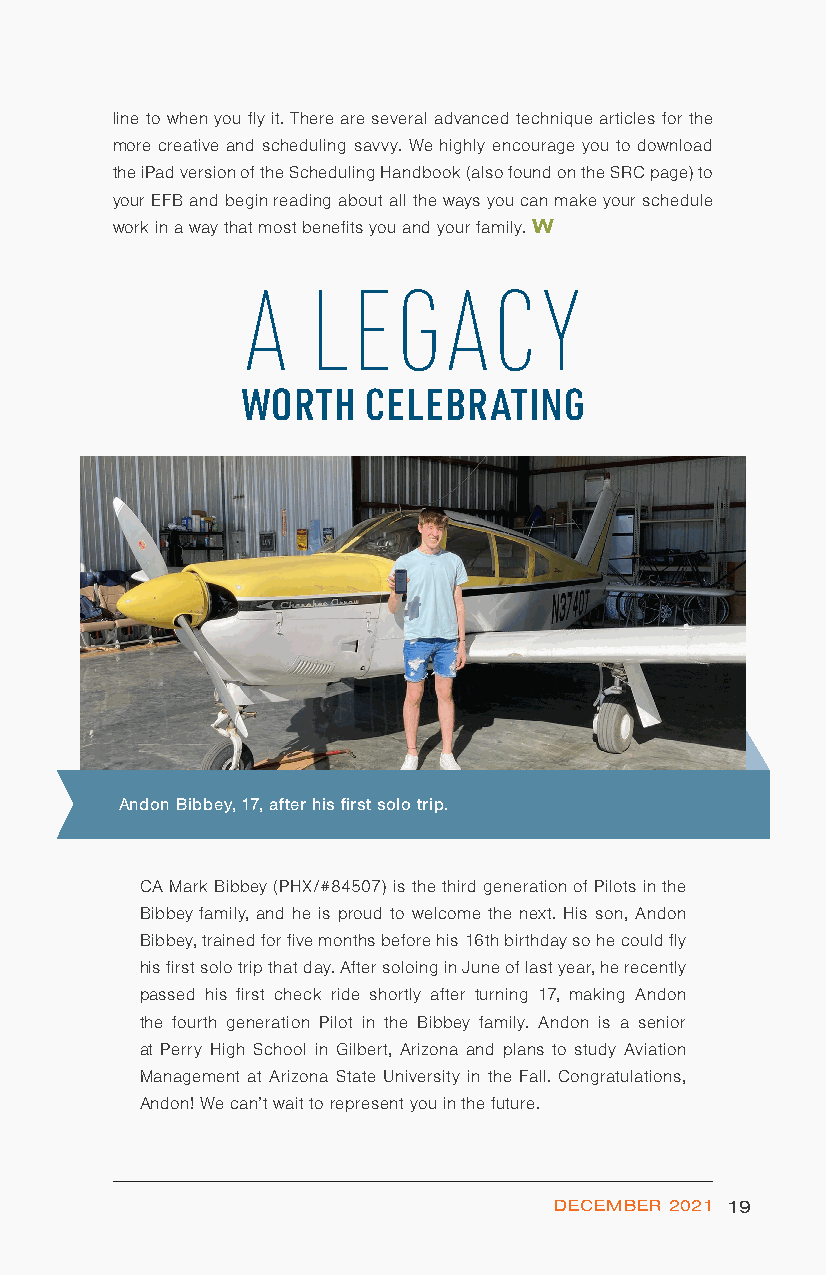
line to when you fly it. There are several advanced technique articles for the
 more creative and scheduling savvy. We highly encourage you to download
 the iPad version of the Scheduling Handbook (also found on the SRC page) to
 your EFB and begin reading about all the ways you can make your schedule
 work in a way that most benefits you and your family. W
 A   LEGACY
 WORTH   CELEBRATING
 Andon Bibbey, 17, after his first solo trip.
 CA Mark Bibbey (PHX/#84507) is the third generation of Pilots in the
 Bibbey family, and he is proud to welcome the next. His son, Andon
 Bibbey, trained for five months before his 16th birthday so he could fly
 his first solo trip that day. After soloing in June of last year, he recently
 passed his first check ride shortly after turning 17, making Andon
 the fourth generation Pilot in the Bibbey family. Andon is a senior
 at Perry High School in Gilbert, Arizona and plans to study Aviation
 Management at Arizona State University in the Fall. Congratulations,
 Andon! We can’t wait to represent you in the future.
 DECEMBER 2021 19